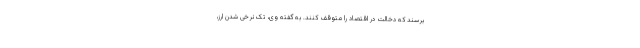
برسند که دخالت در اقتصاد را متوقف کنند. به گفته وی، تک نرخی شدن ارز،